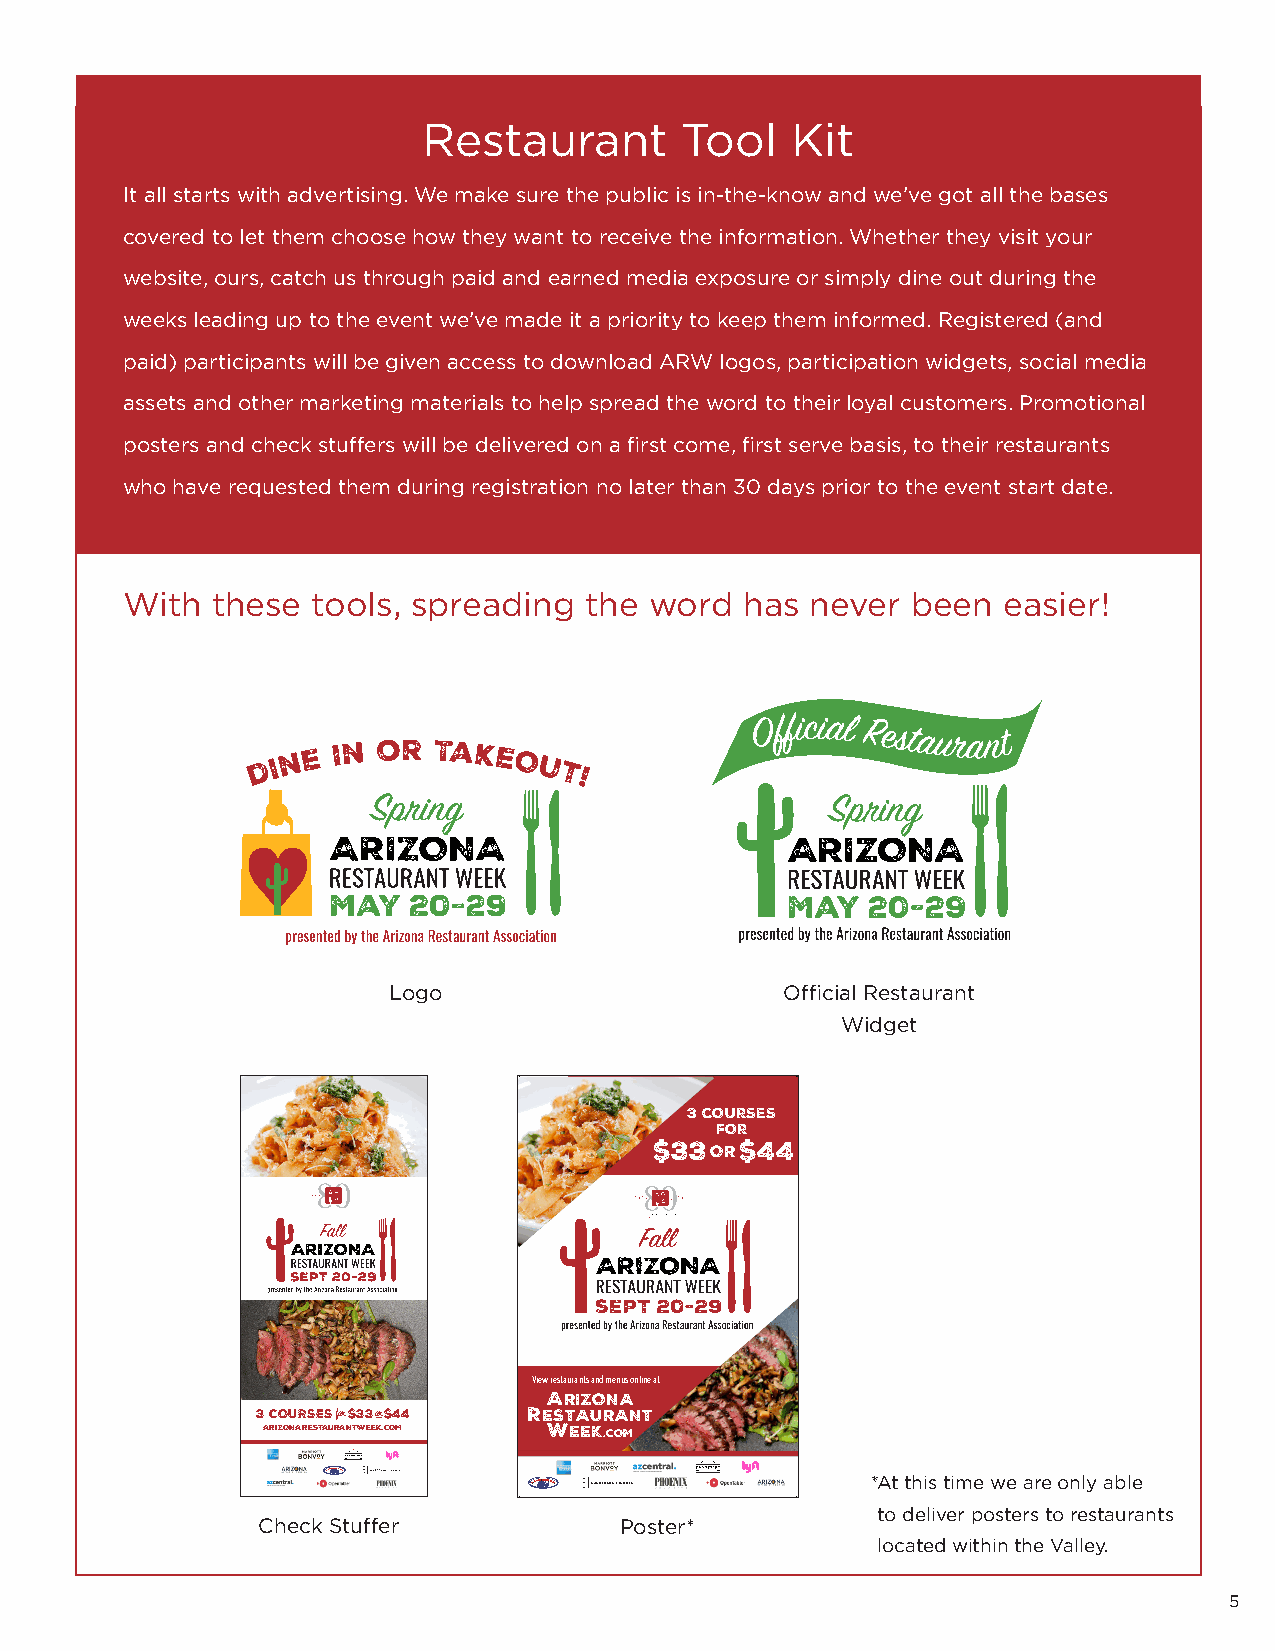
Restaurant       Tool   Kit
 It all starts with advertising. We make sure the public is in-the-know and we’ve got all the bases
 covered to let them choose how they want to receive the information. Whether they visit your
 website, ours, catch us through paid and earned media exposure or simply dine out during the
 weeks leading up to the event we’ve made it a priority to keep them informed. Registered (and
 paid) participants will be given access to download ARW logos, participation widgets, social media
 assets and other marketing materials to help spread the word to their loyal customers. Promotional
 posters and check stuffers will be delivered on a first come, first serve basis, to their restaurants
 who have requested them during registration no later than 30 days prior to the event start date.
 With  these  tools, spreading  the word  has  never been  easier!
 Logo                      Official Restaurant
 Widget
 3 COURSES
 FOR
 $33OR$44
 View restaurants and menus online at
 ARIZONA
 3 COURSESfor$33or –––$44 RESTAURANT
 ARIZONARESTAURANTWEEK.COM WEEK.COM
 SANDERSON LINCOLN                 * At this time we are only able
 SANDERSON LINCOLN
 to deliver posters to restaurants
 Check Stuffer           Poster*
 located within the Valley.
 5